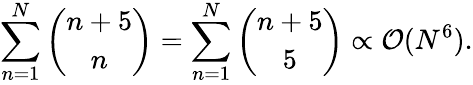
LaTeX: \sum_{n=1}^{N}{\binom{n+5}{n}}=\sum_{n=1}^{N}{\binom{n+5}{5}}\propto\mathcal{O}(N^{6}).